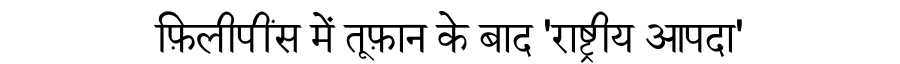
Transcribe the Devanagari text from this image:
फ़िलीपींस में तूफ़ान के बाद 'राष्ट्रीय आपदा'